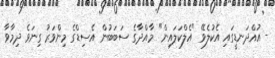
- އުއްދަނޑީގައި އެކުލެވޭ "އެލްކަލައިން" މާއްދާގެ ސަބަބުން އެސިޑްގެ މިންވަރު ގިނަވެ ދިމާވާ